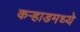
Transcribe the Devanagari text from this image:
कर्‍हाडमध्ये